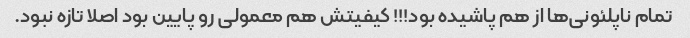
تمام ناپلئونی‌ها از هم پاشیده بود!!! کیفیتش هم معمولی رو پایین بود اصلا تازه نبود.